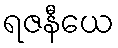
ရဇနီယေ